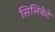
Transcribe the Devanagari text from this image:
सिलिकेटे